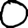
Digit: 0